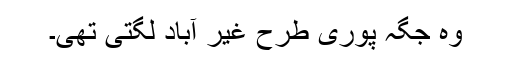
وہ جگہ پوری طرح غیر آباد لگتی تھی۔